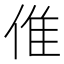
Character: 倠